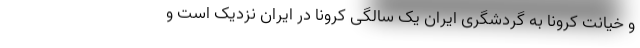
و خیانت کرونا به گردشگری ایران یک سالگی کرونا در ایران نزدیک است و